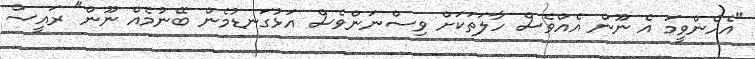
"އެހެންވީމަ އެ ނޫން އެއްވެސް ހާލަތަކަށް ވިސްނަންވެސް އަޅުގަނޑުމެން ބޭނުމެއް ނޫން" ރައީސް